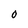
Character: O